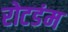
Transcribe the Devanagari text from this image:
रोटडंम